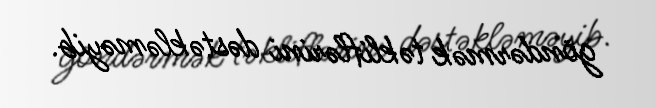
göndərmək təkliflərini dəstəkləməyib.